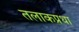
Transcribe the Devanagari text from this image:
तलाकप्रथा